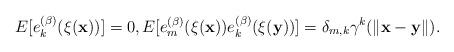
LaTeX: \begin{align*}E[e_{k}^{(\beta )}(\xi(\mathbf{x}))]= 0,E[e_{m}^{(\beta )}(\xi(\mathbf{x}))e_{k}^{(\beta)}(\xi(\mathbf{y}))]= \delta_{m,k}\gamma^{k}(\|\mathbf{x}-\mathbf{y}\|).\end{align*}